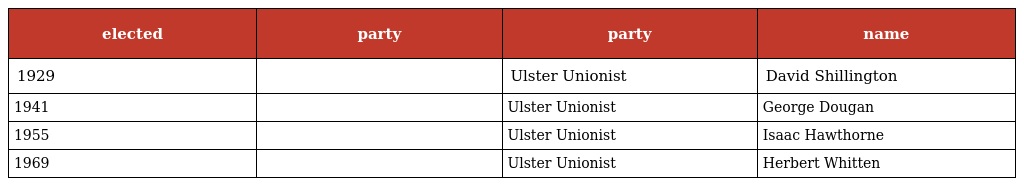
| elected | party | party | name |
 | --- | --- | --- | --- |
 | 1929 |  | Ulster Unionist | David Shillington |
 | 1941 |  | Ulster Unionist | George Dougan |
 | 1955 |  | Ulster Unionist | Isaac Hawthorne |
 | 1969 |  | Ulster Unionist | Herbert Whitten |